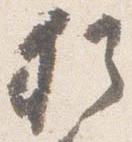
猶